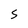
Character: s